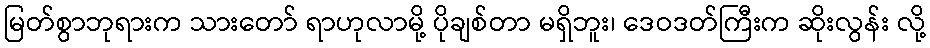
မြတ်စွာဘုရားက သားတော် ရာဟုလာမို့ ပိုချစ်တာ မရှိဘူး၊ ဒေဝဒတ်ကြီးက ဆိုးလွန်း လို့